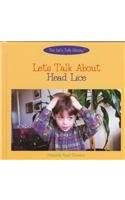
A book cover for Let's Talk About Head Lice (The Let's Talk Library); Melanie Apel Gordon; Health, Fitness & Dieting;